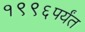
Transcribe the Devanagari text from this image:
१९९६पर्यंत